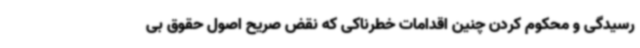
رسیدگی و محکوم کردن چنین اقدامات خطرناکی که نقض صریح اصول حقوق بی